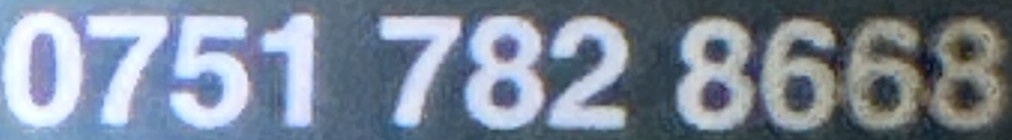
0751 782 8668